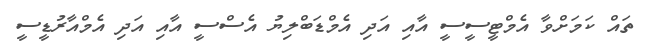
ތައް ކަމަށްވާ އެމްޓީސީސީ އާއި އަދި އެމްޑަބްލިޔު އެސްސީ އާއި އަދި އެމްއާރުޑީސީ